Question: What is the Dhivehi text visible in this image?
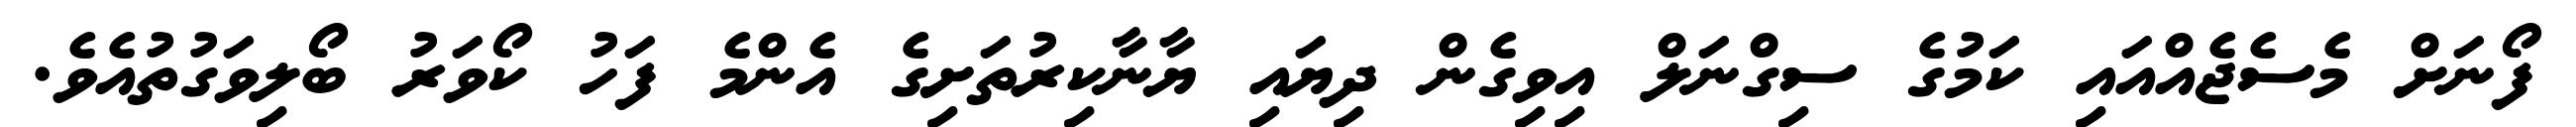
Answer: ފޯނަށް މެސެޖެއްއައި ކަމުގެ ސިގްނަލް އިވިގެން ދިޔައި ޔާނާކިރުތަށިގެ އެންމެ ފަހު ކޯވަރު ބޯލިވަގުތުއެވެ.